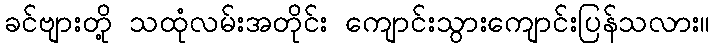
ခင်ဗျားတို့ သထုံလမ်းအတိုင်း ကျောင်းသွားကျောင်းပြန်သလား။